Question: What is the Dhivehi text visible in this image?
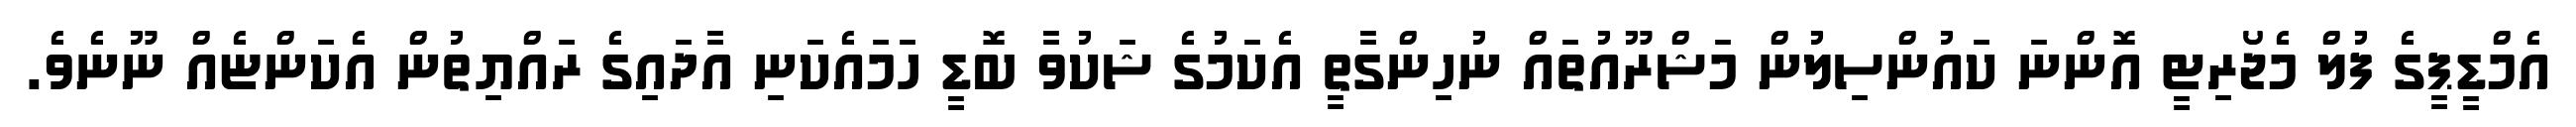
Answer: އެމްޑީޕީގެ ފުލް މެޖޯރިޓީ އޮންނަ ކައުންސިލުން މަޝްރޫއުތައް ނުހިންގާތީ އެކަމުގެ ޝަކުވާ ބޮޑީ ހަމައެކަނި އާދައިގެ ރައްޔިތުން އެކަންޏެއް ނޫނެވެ.